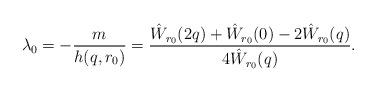
LaTeX: \begin{align*}\lambda_0 = -\frac{m}{h(q,r_0)} = \frac{\hat W_{r_0}(2q) + \hat W_{r_0}(0) - 2\hat W_{r_0}(q)}{4\hat W_{r_0}(q)}.\end{align*}